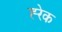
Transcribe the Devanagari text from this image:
ह्‍रेक